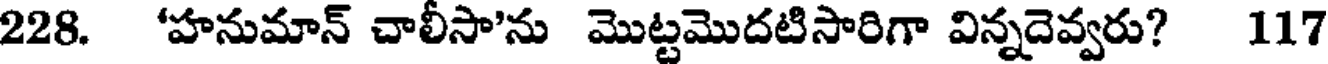
228. 'హనుమాన్ చాలీసా'ను మొట్టమొదటిసారిగా విన్నదెవ్వరు? 117